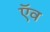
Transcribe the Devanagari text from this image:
ऍव